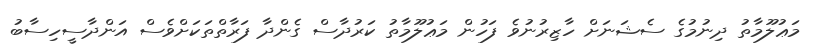
މަޢުލޫމާތު ދިނުމުގެ ސެޝަނަށް ހާޒިރުނުވެ ފަހުން މަޢުލޫމާތު ކަރުދާސް ގެންދާ ފަރާތްތަކަށްވެސް އަންދާސީހިސާބު